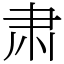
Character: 肃